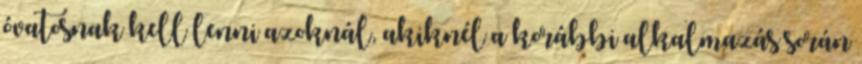
óvatosnak kell lenni azoknál, akiknél a korábbi alkalmazás során